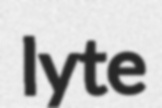
lyte